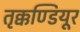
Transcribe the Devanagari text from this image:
तृक्कण्डियूर